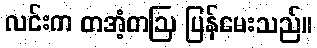
လင်းက တအံ့တဩ ပြန်မေးသည်။